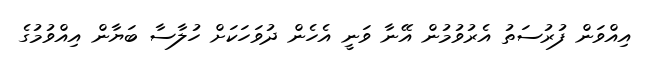
އިއްވަން ފުރުސަތު އެރުވުމުން އޭނާ ވަނީ އެހެން ދުވަހަކަށް ހުލާސާ ބަޔާން އިއްވުމުގެ